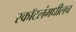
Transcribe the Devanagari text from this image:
स्कॉटलंमधीलच